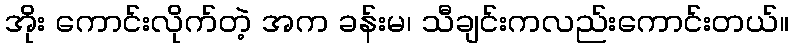
အိုး ကောင်းလိုက်တဲ့ အက ခန်းမ၊ သီချင်းကလည်းကောင်းတယ်။